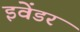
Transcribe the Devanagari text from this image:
इवेंडर